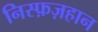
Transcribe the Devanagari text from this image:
निस्फ़ज़हान